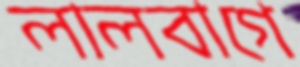
লালবাগে